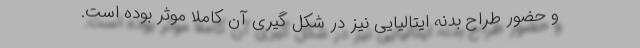
و حضور طراح بدنه ایتالیایی نیز در شکل گیری آن کاملا موثر بوده است.